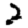
Digit: 2